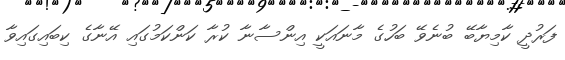
ފަރުދީ ކާމިޔާބޭ ބުނެވޭ ބަހުގެ މާނައަކީ އިންސާނާ ކުރާ ކަންކަމުގައި އޭނާގެ ކިބައިގައިވާ